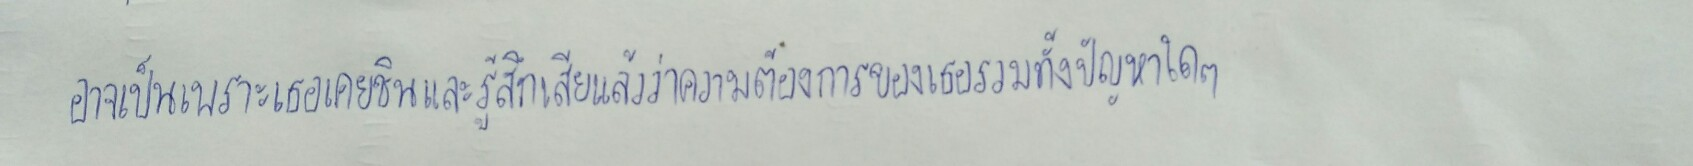
อาจจะเป็นเพราะเธอเคยชินและรู้ดีเสียแล้วว่าความต้องการของเธอรวมทั้งปัญหาใดๆ